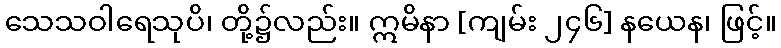
သေသဝါရေသုပိ၊ တို့၌လည်း။ ဣမိနာ [ကျမ်း ၂၄၆] နယေန၊ ဖြင့်။